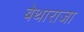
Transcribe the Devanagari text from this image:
बेथाराजा